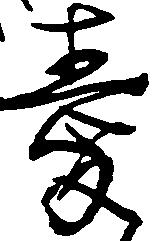
愛